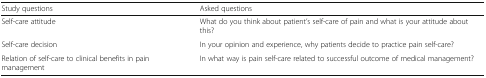
| Study questions | Asked questions |
 | --- | --- |
 | Self-care attitude | What do you think about patient’s self-care of pain and what is your attitude about this? |
 | Self-care decision | In your opinion and experience, why patients decide to practice pain self-care? |
 | Relation of self-care to clinical benefits in pain management | In what way is pain self-care related to successful outcome of medical management? |